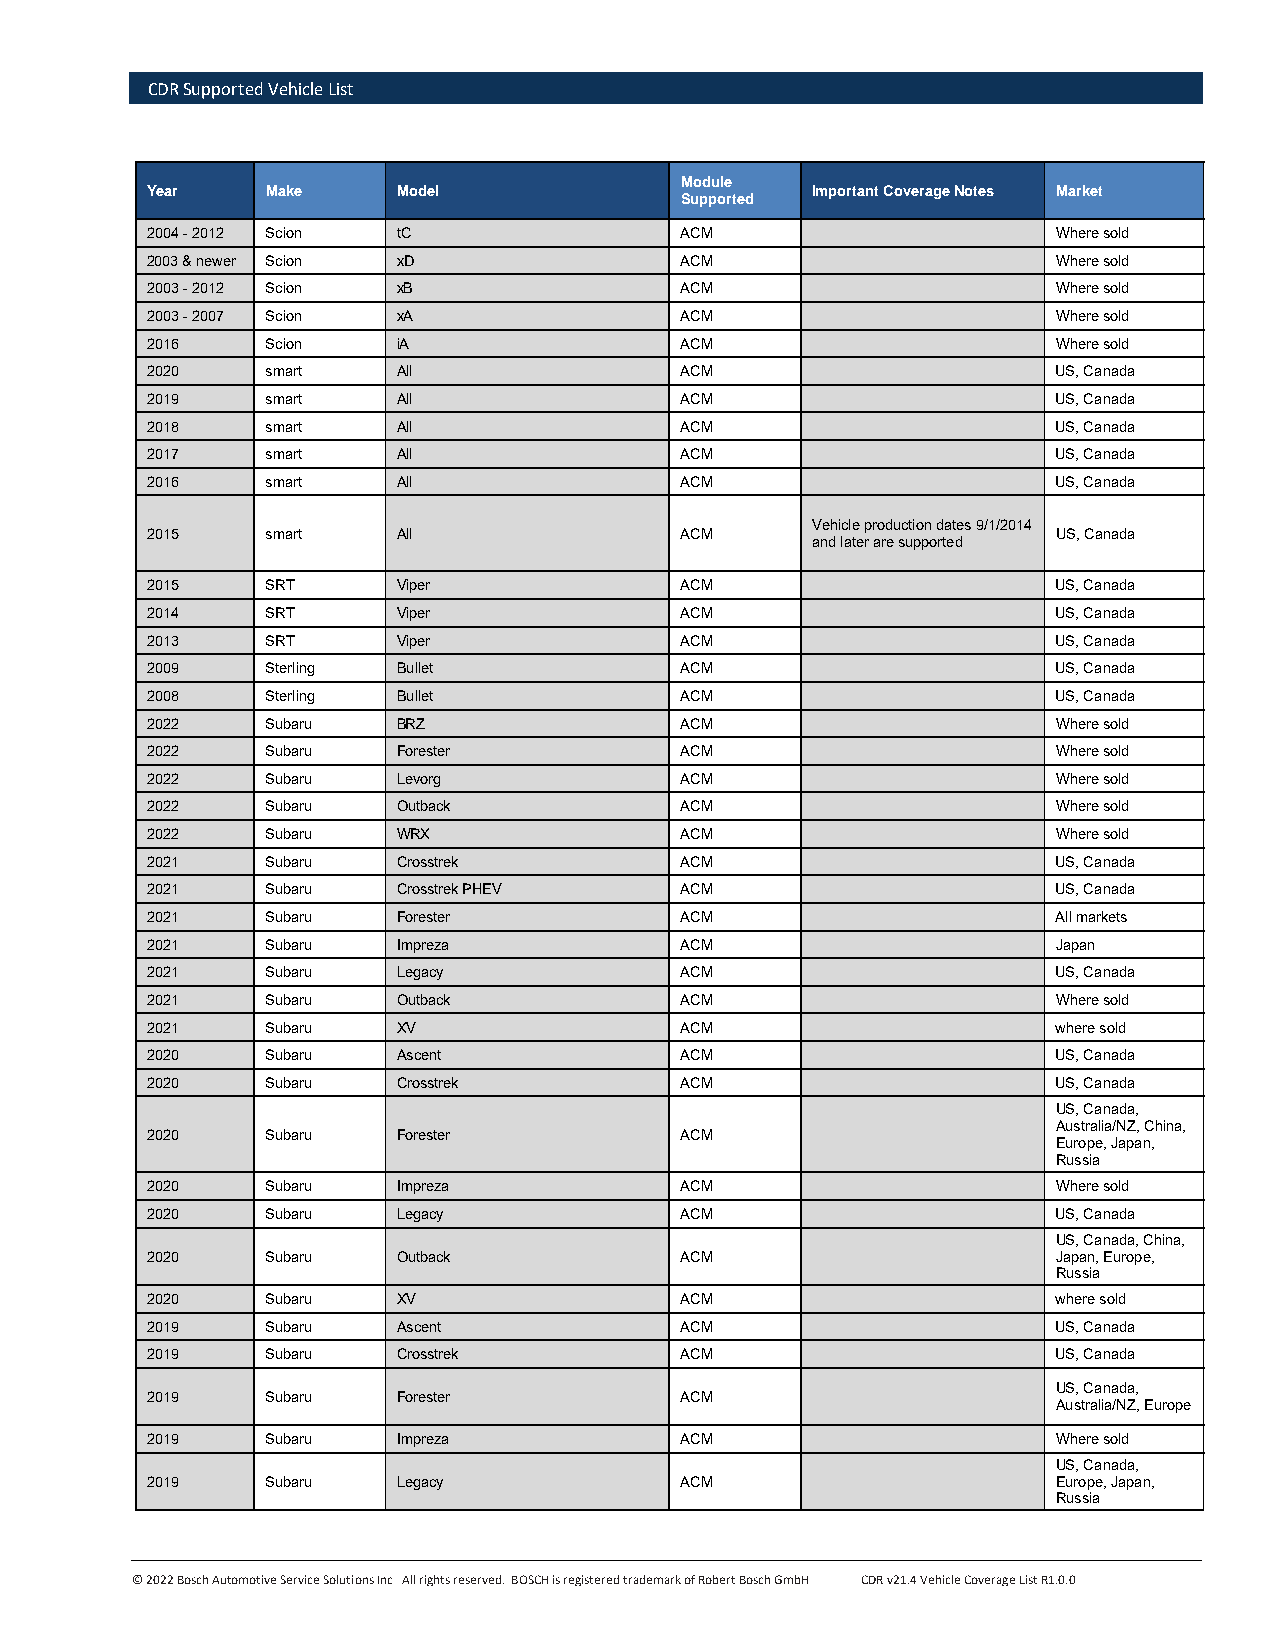
CDR Supported Vehicle List
 Module
 Year    Make    Model                       Important Coverage Notes Market
 Supported
 2004 - 2012 Scion tC               ACM                      Where sold
 2003 & newer Scion xD              ACM                      Where sold
 2003 - 2012 Scion xB               ACM                      Where sold
 2003 - 2007 Scion xA               ACM                      Where sold
 2016    Scion   iA                 ACM                      Where sold
 2020    smart   All                ACM                      US, Canada
 2019    smart   All                ACM                      US, Canada
 2018    smart   All                ACM                      US, Canada
 2017    smart   All                ACM                      US, Canada
 2016    smart   All                ACM                      US, Canada
 Vehicle production dates 9/1/2014
 2015    smart   All                ACM                      US, Canada
 and later are supported
 2015    SRT     Viper              ACM                      US, Canada
 2014    SRT     Viper              ACM                      US, Canada
 2013    SRT     Viper              ACM                      US, Canada
 2009    Sterling Bullet            ACM                      US, Canada
 2008    Sterling Bullet            ACM                      US, Canada
 2022    Subaru  BRZ                ACM                      Where sold
 2022    Subaru  Forester           ACM                      Where sold
 2022    Subaru  Levorg             ACM                      Where sold
 2022    Subaru  Outback            ACM                      Where sold
 2022    Subaru  WRX                ACM                      Where sold
 2021    Subaru  Crosstrek          ACM                      US, Canada
 2021    Subaru  Crosstrek PHEV     ACM                      US, Canada
 2021    Subaru  Forester           ACM                      All markets
 2021    Subaru  Impreza            ACM                      Japan
 2021    Subaru  Legacy             ACM                      US, Canada
 2021    Subaru  Outback            ACM                      Where sold
 2021    Subaru  XV                 ACM                      where sold
 2020    Subaru  Ascent             ACM                      US, Canada
 2020    Subaru  Crosstrek          ACM                      US, Canada
 US, Canada,
 Australia/NZ, China,
 2020    Subaru  Forester           ACM
 Europe, Japan,
 Russia
 2020    Subaru  Impreza            ACM                      Where sold
 2020    Subaru  Legacy             ACM                      US, Canada
 US, Canada, China,
 2020    Subaru  Outback            ACM                      Japan, Europe,
 Russia
 2020    Subaru  XV                 ACM                      where sold
 2019    Subaru  Ascent             ACM                      US, Canada
 2019    Subaru  Crosstrek          ACM                      US, Canada
 US, Canada,
 2019    Subaru  Forester           ACM
 Australia/NZ, Europe
 2019    Subaru  Impreza            ACM                      Where sold
 US, Canada,
 2019    Subaru  Legacy             ACM                      Europe, Japan,
 Russia
 © 2022 Bosch Automotive Service Solutions Inc All rights reserved. BOSCH is registered trademark of Robert Bosch GmbH CDR v21.4 Vehicle Coverage List R1.0.0